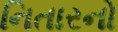
નિતારનો